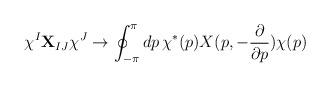
LaTeX: \begin{align*}\chi^I {\bf X}_{IJ} \chi^J \rightarrow \oint_{-\pi}^{\pi} dp \,\chi^*(p) X (p, -\frac{\partial}{\partial p}) \chi (p)\end{align*}